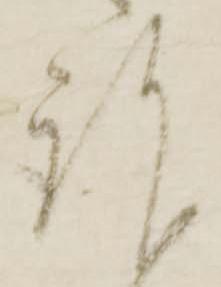
謹